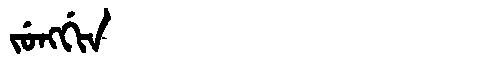
Manchu: ᠵᡠᠩᡤᡳᠨ
Romanization: JUNGGIN